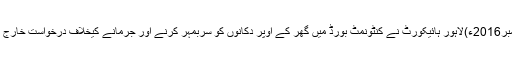
25 نومبر2016ء)لاہور ہائیکورٹ نے کنٹونمٹ بورڈ میں گھر کے اوپر دکانوں کو سربمہر کرنے اور جرمانے کیخلاف درخواست خارج کر دی۔